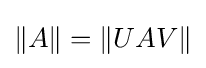
\|A\|=\|UAV\|